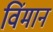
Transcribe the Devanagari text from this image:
विंमान